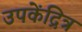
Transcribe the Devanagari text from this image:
उपकेंद्रित्र